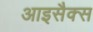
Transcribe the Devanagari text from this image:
आइसैक्स